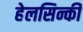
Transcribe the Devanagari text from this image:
हेलसिन्की